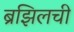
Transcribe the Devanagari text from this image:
ब्रझिलची